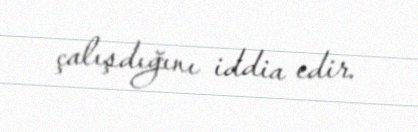
çalışdığını iddia edir.